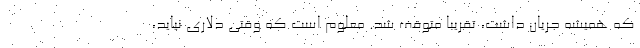
که همیشه جریان داشت، تقریباً متوقف شد. معلوم است که وقتی دلاری نیاید،